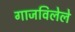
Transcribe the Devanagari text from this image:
गाजविलेले